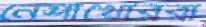
নেশাখোররা